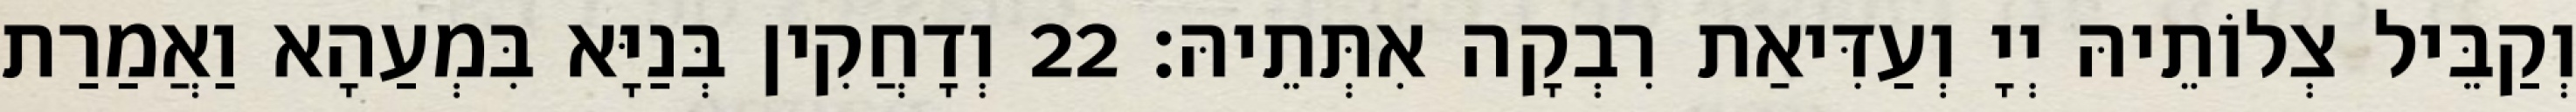
וְקַבֵּיל צְלוֹתֵיהּ יְיָ וְעַדִּיאַת רִבְקָה אִתְּתֵיהּ׃ 22 וְדָחֲקִין בְּנַיָּא בִּמְעַהָא וַאֲמַרַת